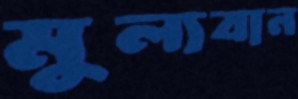
মুল্যবান